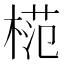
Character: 𣔶